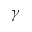
\gamma